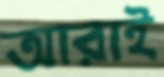
আরাই